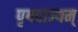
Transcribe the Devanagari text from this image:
पृषदाज्यम्